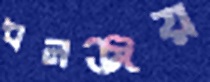
ধনঞ্জয়